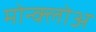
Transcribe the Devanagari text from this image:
मोन्क्लोअ